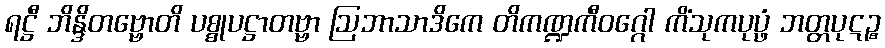
ရဋ္ဌီ ဘိန္ဒိတဗ္ဗောတိ ပစ္စုပဋ္ဌာတဗ္ဗာ ဩဘာသာဒိကေ တိကဏ္ဍကီဝဂ္ဂေါ ကိံသုကပုပ္ဖံ ဘတ္တပုဋဉ္စ